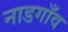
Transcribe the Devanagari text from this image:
नाडगाँव